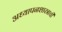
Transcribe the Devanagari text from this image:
अध्यापनशास्त्राची